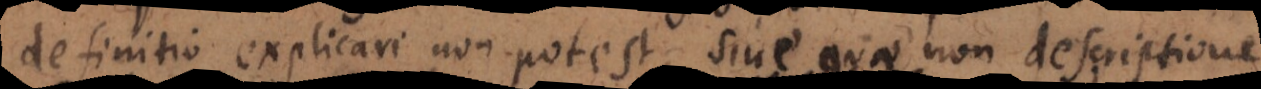
definitio explicari non potest, sive quae non descriptione